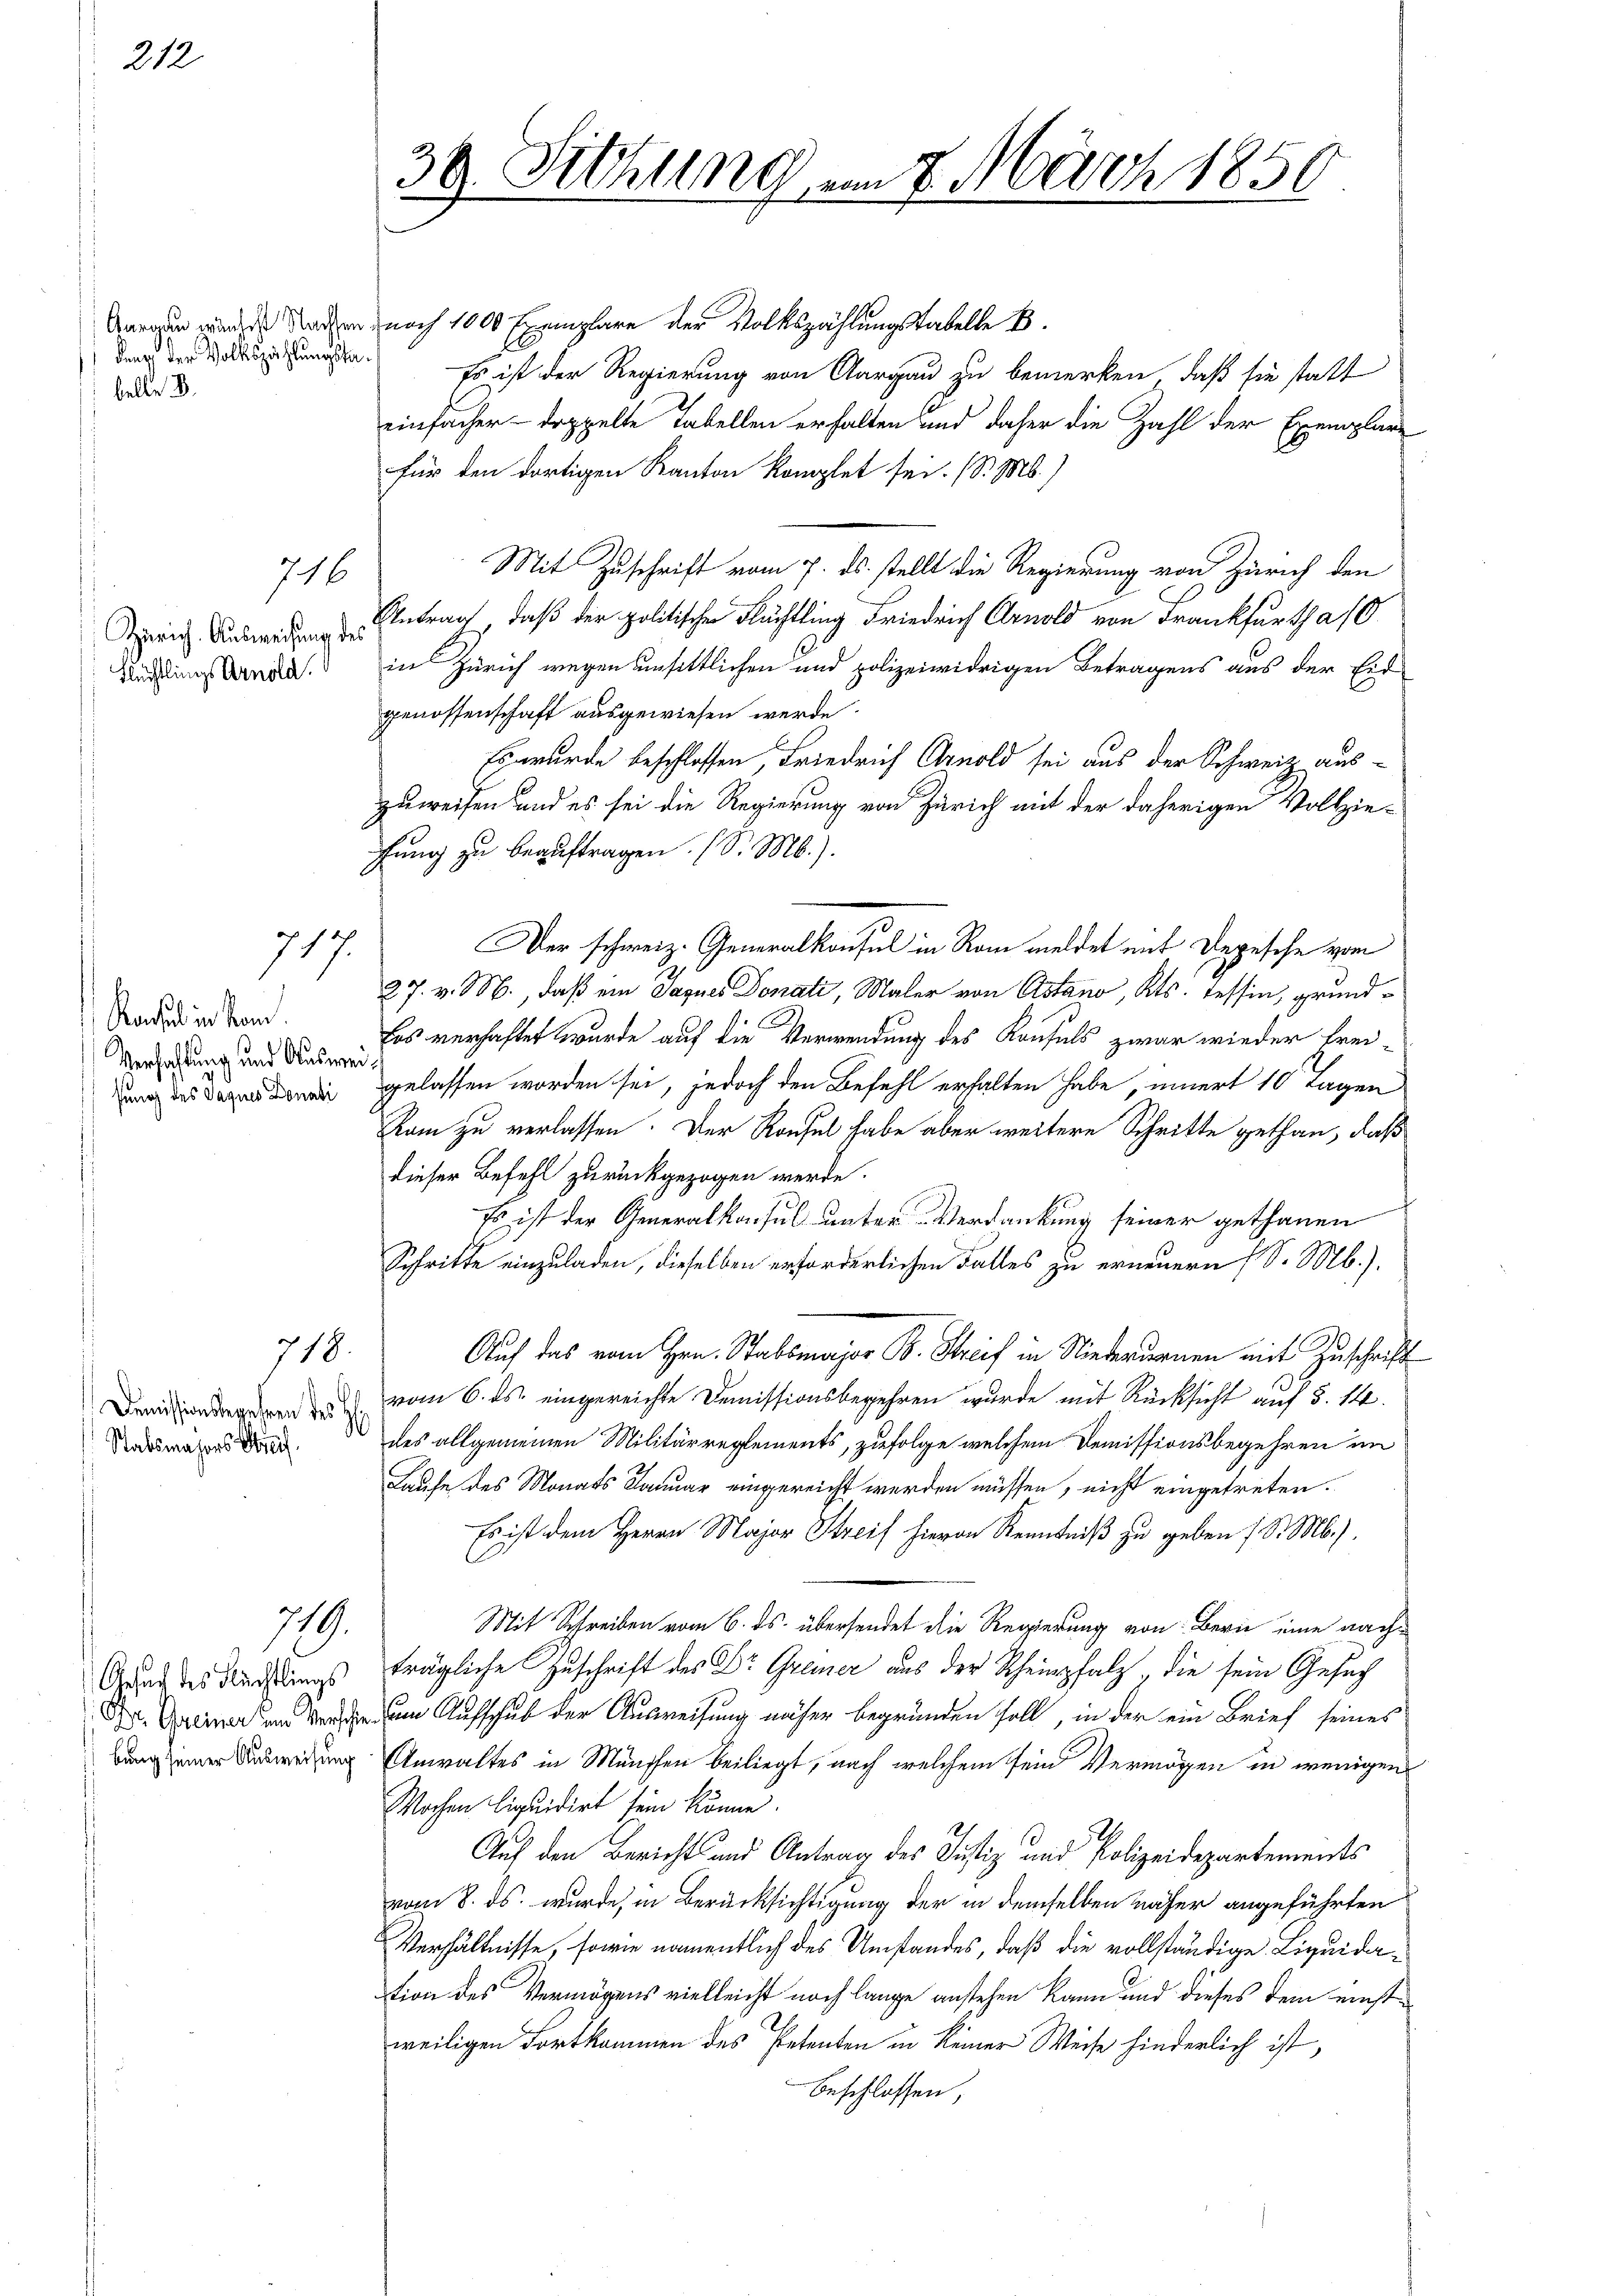
212.

dung der Volkszählungstabelle B

Zürich. Ausweisung des
Flüchtlings Arnold.

716

717.

Rachsel in kom
Verfahlung und Ausweiss
fung des Sagnes Donati

718.

Demissionsbegehren des H
Stabsmajors Streif

719.

Gesuch des Flüchtlings

Amrasen wieder Nachen noch 1000 Exemplare der Volkszählungstabelle B
Es ist der Regierung von Aargau zu bemerken, daß sie statt
einfacher - doppelte Tabellen erhalten und daher die Zahl der Exemplare
für den dortigen Kanton komplet sei. (S. Ms.)
Mit Zuschrift vom 7. ds. stellt die Regierung von Zürich den
Antrag, daß der politischen Flüchtling Friedrich Arnold von Frankfurth a 10
in Zürich wegen unsittlichen und polizeiwidrigen Betragens aus der Eid-
genossenschaft ausgewiesen werde.
Es wurde beschlossen, Friedrich Arnold sei aus der Schweiz aus-
zuweisen und es sei die Regierung von Zürich mit der daherigen Vollziefung zu beauftragen. (S. M.).
Der schweiz. Generalkonsul in Rom meldet mit Depesche vom
27. v. M., daß ein Jaques Donati, Maler von Astand, Kts. Tessin, grundbos verhaftet wurde auf die Verwendung des Konfels zwar wieder frei-
gelassen worden sei, jedoch den Befehl erhalten habe, innert 10 Tagen
Kam zu verlassen. Der Rousel habe aber weitere Schritte gethan, daß
dieser Befehl zurückgezogen werde.
Es ist der Generalkonsul unter Verdankung seiner gethanen
Schritte einzuladen, dieselben erforderlichen Falles zu erneuern (S. Mb.).
Auf das vom Hrn. Stabsmajor B. Streif in Niederdonnen mit Zuschrift
vom 6. ds. eingereichte Demissionsbegehren wurde mit Rücksicht auf 5. 14.
des allgemeinen Militärreglements, zufolge welchem Demissionsbegehren im
Laufe des Monats Januar eingereicht werden müssen, nicht eingetreten.
Es ist dem Herrn Major Streif hievon Kenntniß zu geben (S. M.).
Mit Schreiben vom 6. ds. übersendet die Regierung von Berne eine nachträgliche Zuschrift des Dr. Greier aus der Scheinpfalz, die sein Gesuch
  Aufschub der Ausweisung näher begründen soll, in der ein Brief seines
bung einer Ausweisung Anwaltes in München beiliegt, nach welchem sein Vermögen in wenigen
Wochen liquidirt sein könne.
.
Auf den Berichts und Antrag des Justiz und Polizeidepartements
vom 8. ds. wurde, in Berücksichtigung der in demselben näher angeführten
Verhältnisse, sowie namentlich des Umstandes, daß die vollständige Liquidation des Vermögens vielleicht noch lange anstehen kann und dieses dem einstweiligen Fortkommen des Petenten in keiner Weise hinderlich ist,
beschlossen,

39. Sitzung

Murch 1850